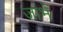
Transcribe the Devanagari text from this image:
जांभे